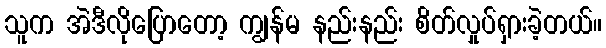
သူက အဲဒီလိုပြောတော့ ကျွန်မ နည်းနည်း စိတ်လှုပ်ရှားခဲ့တယ်။